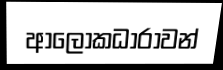
ආලෝකධාරාවන්